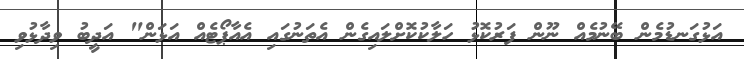
އަޅުގަނޑުމެން ބޭނުމެއް ނޫން ފަރުކޮޅު ހަލާކުކޮށްލައިގެން އެތަނުގައި އެއާޕޯޓެއް އަޅަން" އަދީބު ވިދާޅުވި